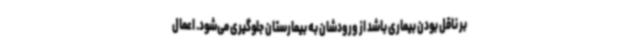
بر ناقل بودن بیماری باشد از ورودشان به بیمارستان جلوگیری می‌شود. اعمال